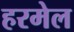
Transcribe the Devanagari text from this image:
हरमेल